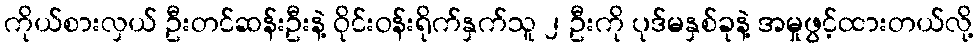
ကိုယ်စားလှယ် ဦးတင်ဆန်းဦးနဲ့ ဝိုင်းဝန်းရိုက်နှက်သူ ၂ ဦးကို ပုဒ်မနှစ်ခုနဲ့ အမှုဖွင့်ထားတယ်လို့